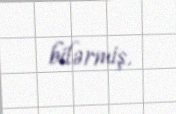
bilərmiş.